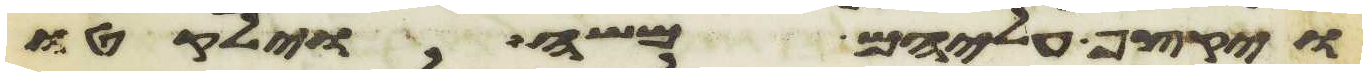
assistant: ויקצף עליהם משה וילקטו